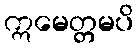
ဣမေတ္တမပိ